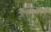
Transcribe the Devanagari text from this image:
स्क्रैबर्स